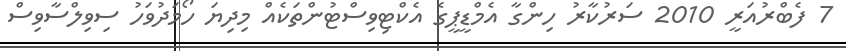
7 ފެބްރުއަރީ 2010 ސަރުކާރު ހިންގާ އެމްޑީޕީގެ އެކްޓިވިސްޓުންތަކެއް މިދިޔަ ހޯމަދުވަހު ސިވިލްސާވިސް